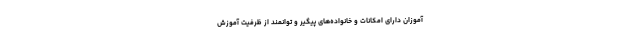
آموزان دارای امکانات و خانواده‌های پیگیر و توانمند از ظرفیت آموزش